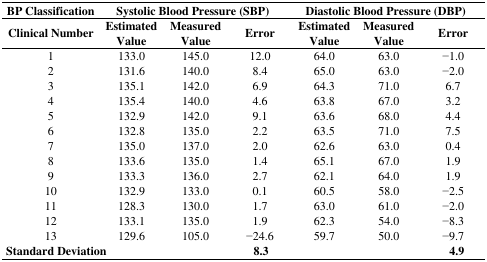
<table><thead><tr><td><b>BP Classification</b></td><td colspan="3"><b>Systolic Blood Pressure (SBP)</b></td><td colspan="3"><b>Diastolic Blood Pressure (DBP)</b></td></tr><tr><td><b>Clinical Number</b></td><td><b>Estimated Value</b></td><td><b>Measured Value</b></td><td><b>Error</b></td><td><b>Estimated Value</b></td><td><b>Measured Value</b></td><td><b>Error</b></td></tr></thead><tbody><tr><td>1</td><td>133.0</td><td>145.0</td><td>12.0</td><td>64.0</td><td>63.0</td><td>−1.0</td></tr><tr><td>2</td><td>131.6</td><td>140.0</td><td>8.4</td><td>65.0</td><td>63.0</td><td>−2.0</td></tr><tr><td>3</td><td>135.1</td><td>142.0</td><td>6.9</td><td>64.3</td><td>71.0</td><td>6.7</td></tr><tr><td>4</td><td>135.4</td><td>140.0</td><td>4.6</td><td>63.8</td><td>67.0</td><td>3.2</td></tr><tr><td>5</td><td>132.9</td><td>142.0</td><td>9.1</td><td>63.6</td><td>68.0</td><td>4.4</td></tr><tr><td>6</td><td>132.8</td><td>135.0</td><td>2.2</td><td>63.5</td><td>71.0</td><td>7.5</td></tr><tr><td>7</td><td>135.0</td><td>137.0</td><td>2.0</td><td>62.6</td><td>63.0</td><td>0.4</td></tr><tr><td>8</td><td>133.6</td><td>135.0</td><td>1.4</td><td>65.1</td><td>67.0</td><td>1.9</td></tr><tr><td>9</td><td>133.3</td><td>136.0</td><td>2.7</td><td>62.1</td><td>64.0</td><td>1.9</td></tr><tr><td>10</td><td>132.9</td><td>133.0</td><td>0.1</td><td>60.5</td><td>58.0</td><td>−2.5</td></tr><tr><td>11</td><td>128.3</td><td>130.0</td><td>1.7</td><td>63.0</td><td>61.0</td><td>−2.0</td></tr><tr><td>12</td><td>133.1</td><td>135.0</td><td>1.9</td><td>62.3</td><td>54.0</td><td>−8.3</td></tr><tr><td>13</td><td>129.6</td><td>105.0</td><td>−24.6</td><td>59.7</td><td>50.0</td><td>−9.7</td></tr><tr><td><b>Standard Deviation</b></td><td></td><td></td><td><b>8.3</b></td><td></td><td></td><td><b>4.9</b></td></tr></tbody></table>